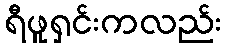
ရီဖူရှင်းကလည်း